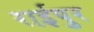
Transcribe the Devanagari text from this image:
राईपुर